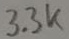
Text: 3,3k